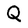
Character: Q